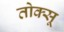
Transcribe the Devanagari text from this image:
तोक्सू